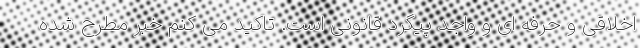
اخلاقی و حرفه ای و واجد پیگرد قانونی است. تاکید می کنم خبر مطرح شده